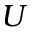
U